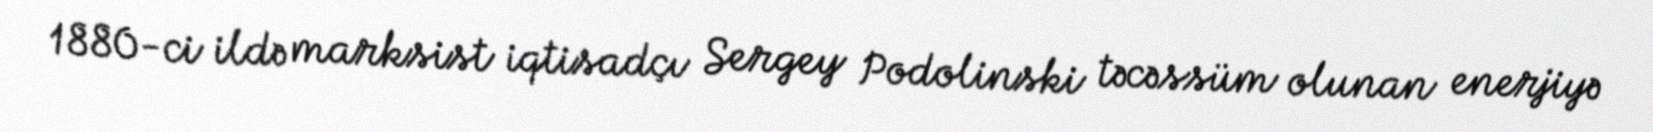
1880-ci ildə marksist iqtisadçı Sergey Podolinski təcəssüm olunan enerjiyə